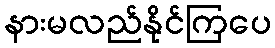
နားမလည်နိုင်ကြပေ